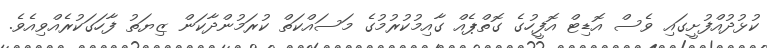
ކުޅުދުއްފުށީގައި ވެސް އޮޑިޓް އޮފީހުގެ ގޮތްޕެއް ގާއިމުކުރުމުގެ މަސައްކަތް ކުރަމުންދާކަން ޒިޔަތު ފާހަގަކުރެއްވިއެވެ.